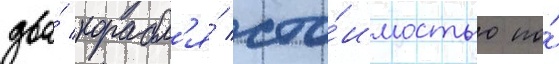
два́ корабл'я́ сто́имостью по́